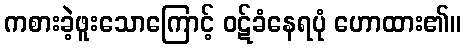
ကစားခဲ့ဖူးသောကြောင့် ဝဋ်ခံနေရပုံ ဟောထား၏။